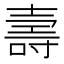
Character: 壽